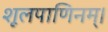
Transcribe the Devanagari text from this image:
शूलपाणिनम्।